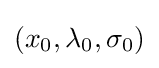
(x_{0},\lambda _{0},\sigma _{0})